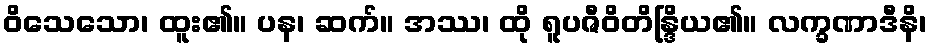
ဝိသေသော၊ ထူး၏။ ပန၊ ဆက်။ အဿ၊ ထို ရူပဇီဝိတိန္ဒြိယ၏။ လက္ခဏာဒီနိ၊